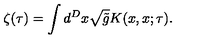
\zeta ( \tau ) = \int d ^ { D } x \sqrt { \tilde { g } } K ( x , x ; \tau ) .